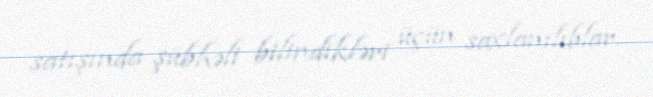
satışında şübhəli bilindikləri üçün saxlanılıblar.